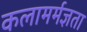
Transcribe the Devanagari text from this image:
कलामर्मज्ञता